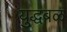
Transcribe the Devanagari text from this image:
युद्धबळ